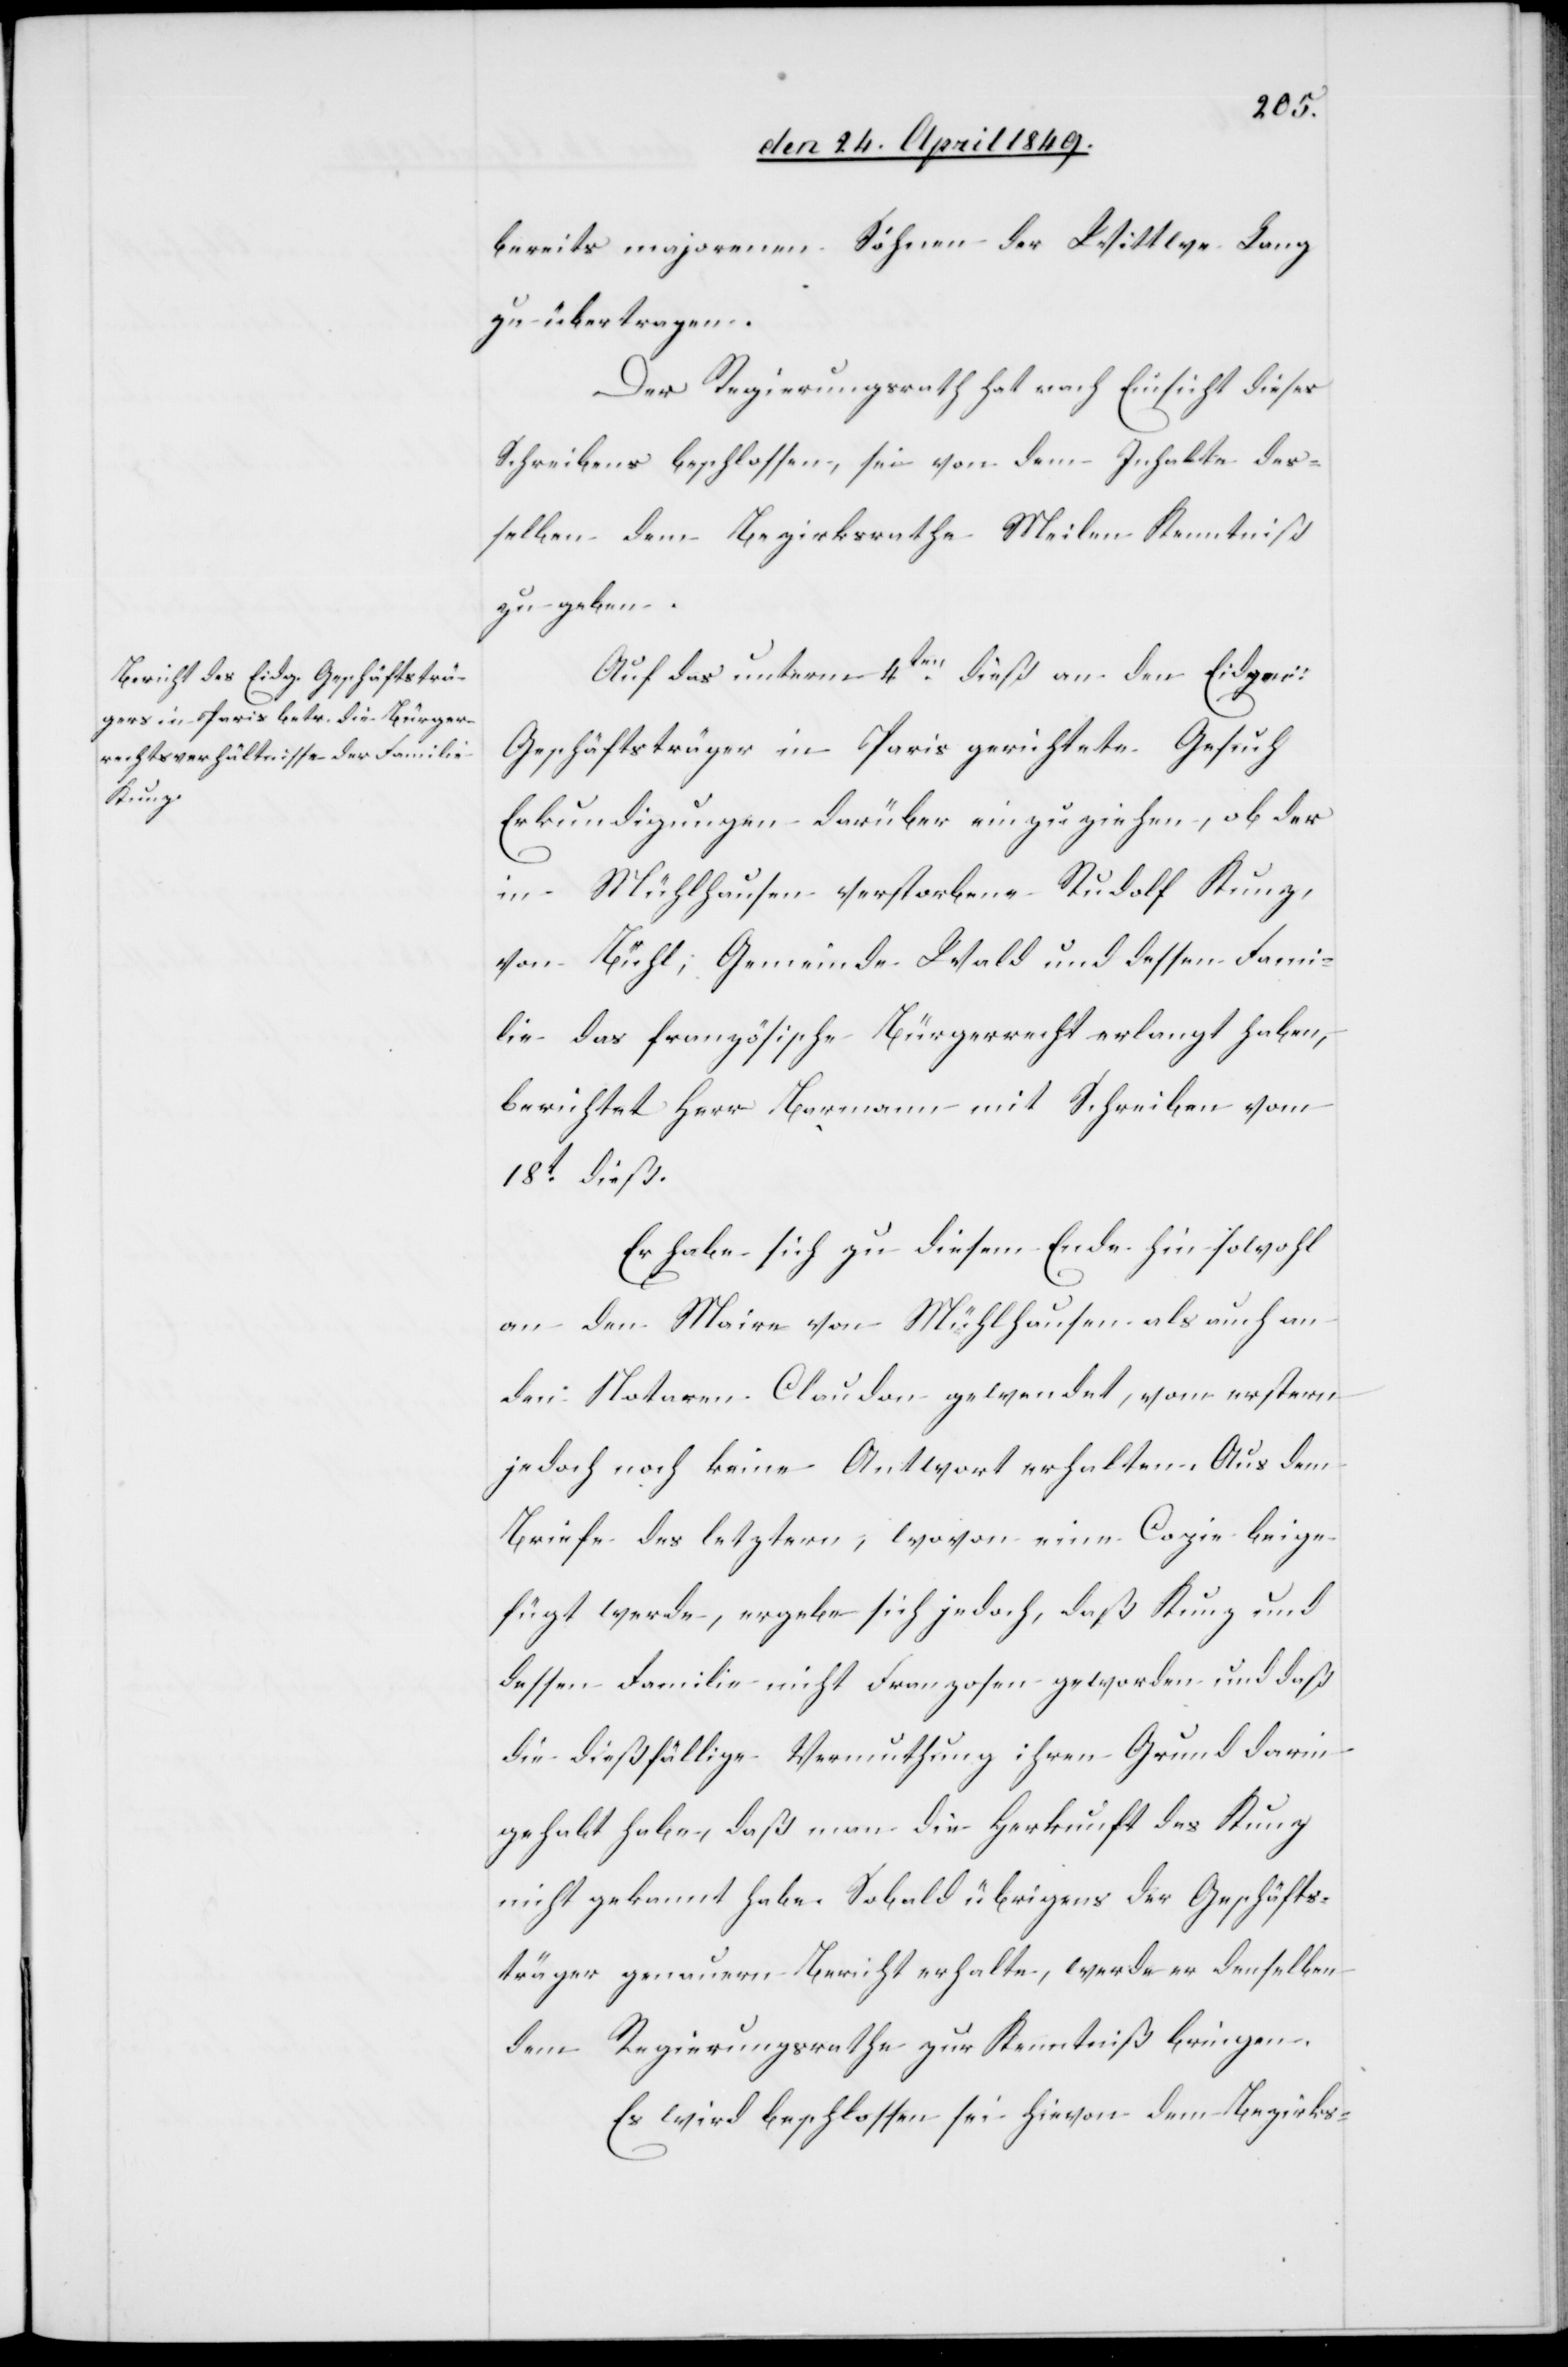
bereits majorennen Söhnen der Wittwe Lang
zu übertragen.
Der Regierungsrath hat nach Einsicht dieses
Schreibens beschlossen, sie von dem Inhalte des¬
selben dem Bezirksrathe Meilen Kenntniß
zu geben.
Auf das unterm 4ten dieß an den Eidgen:
Geschäftsträger in Paris gerichtete Gesuch
Erkundigungen darüber einzuziehen, ob der
in Mühlhausen verstorbene Rudolf Kunz,
von Bühl, Gemeinde Wald und dessen Fami¬
lie das französische Bürgerrecht erlangt haben,
berichtet Herr Barmann mit Schreiben vom
18t dieß.
Er habe sich zu diesem Ende hin sowohl
an den Maire von Mühlhausen als auch an
den Notaren Claudon gewendet, vom erstern
jedoch noch keine Antwort erhalten. Aus dem
Briefe des letztern, wovon eine Copie beige¬
fügt werde, ergebe sich jedoch, daß Kunz und
dessen Familie nicht Franzosen geworden und daß
die dießfällige Vermuthung ihren Grund darin
gehabt habe, daß man die Herkunft des Kunz
nicht gekannt habe. Sobald übrigens der Geschäfts¬
träger genauern Bericht erhalte, werde er denselben
dem Regierungsrathe zur Kenntniß bringen.
Es wird beschlossen sei hievon dem Bezirks-